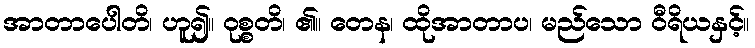
အာတာပေါတိ၊ ဟူ၍။ ဝုစ္စတိ၊ ၏။ တေန၊ ထိုအာတာပ၊ မည်သော ဝီရိယနှင့်။